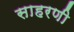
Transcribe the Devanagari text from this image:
साहरणी